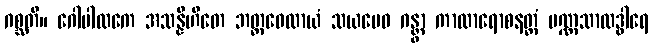
ဂစ္ဆတိ။ ဂေါပါလကေ အသန္နိဟိတေ ဘတ္တဝေလာယံ သယမေဝ ဂန္တွာ ကာလာရောစနတ္ထံ ပဏ္ဏသာလဒွါရေ